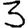
Digit: 3